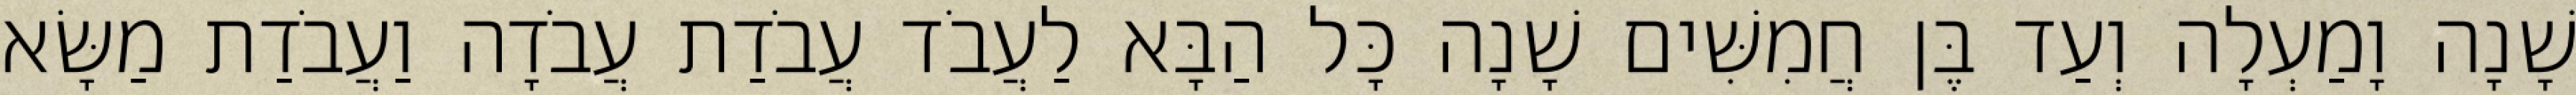
שָׁנָה וָמַעְלָה וְעַד בֶּן חֲמִשִּׁים שָׁנָה כָּל הַבָּא לַעֲבֹד עֲבֹדַת עֲבֹדָה וַעֲבֹדַת מַשָּׂא